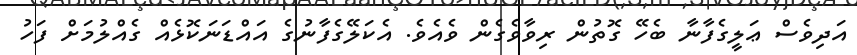
އަދިވެސް ޢަލީގެފާނާ ބެހޭ ގޮތުން ރިވާވެގެން ވެއެވެ. އެކަލޭގެފާނުގެ އައްޑަނަކޮޅެއް ގެއްލުމަށް ފަހު